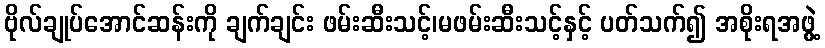
ဗိုလ်ချုပ်အောင်ဆန်းကို ချက်ချင်း ဖမ်းဆီးသင့်၊မဖမ်းဆီးသင့်နှင့် ပတ်သက်၍ အစိုးရအဖွဲ့